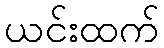
ယင်းထက်